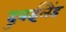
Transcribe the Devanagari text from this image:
दुबईलैंड